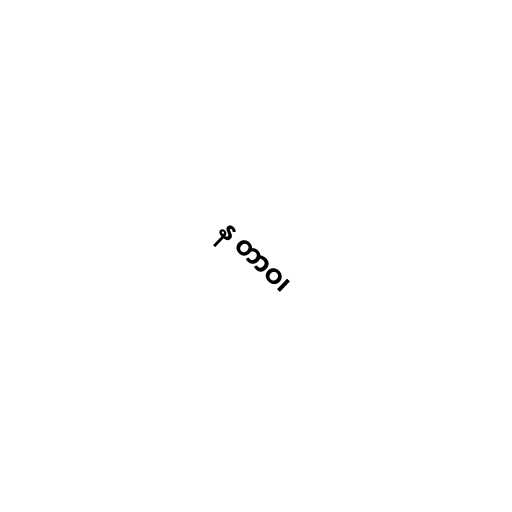
န တာဝ၊